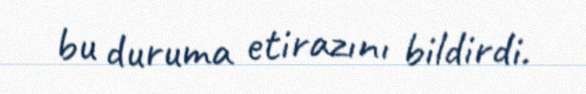
bu duruma etirazını bildirdi.